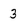
Character: 3